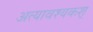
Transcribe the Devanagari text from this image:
अत्यावश्यकश्